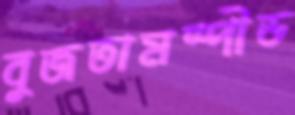
বুজতামস্পীড